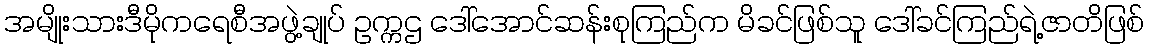
အမျိုးသားဒီမိုကရေစီအဖွဲ့ချုပ် ဥက္ကဌ ဒေါ်အောင်ဆန်းစုကြည်က မိခင်ဖြစ်သူ ဒေါ်ခင်ကြည်ရဲ့ဇာတိဖြစ်